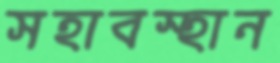
সহাবস্হান